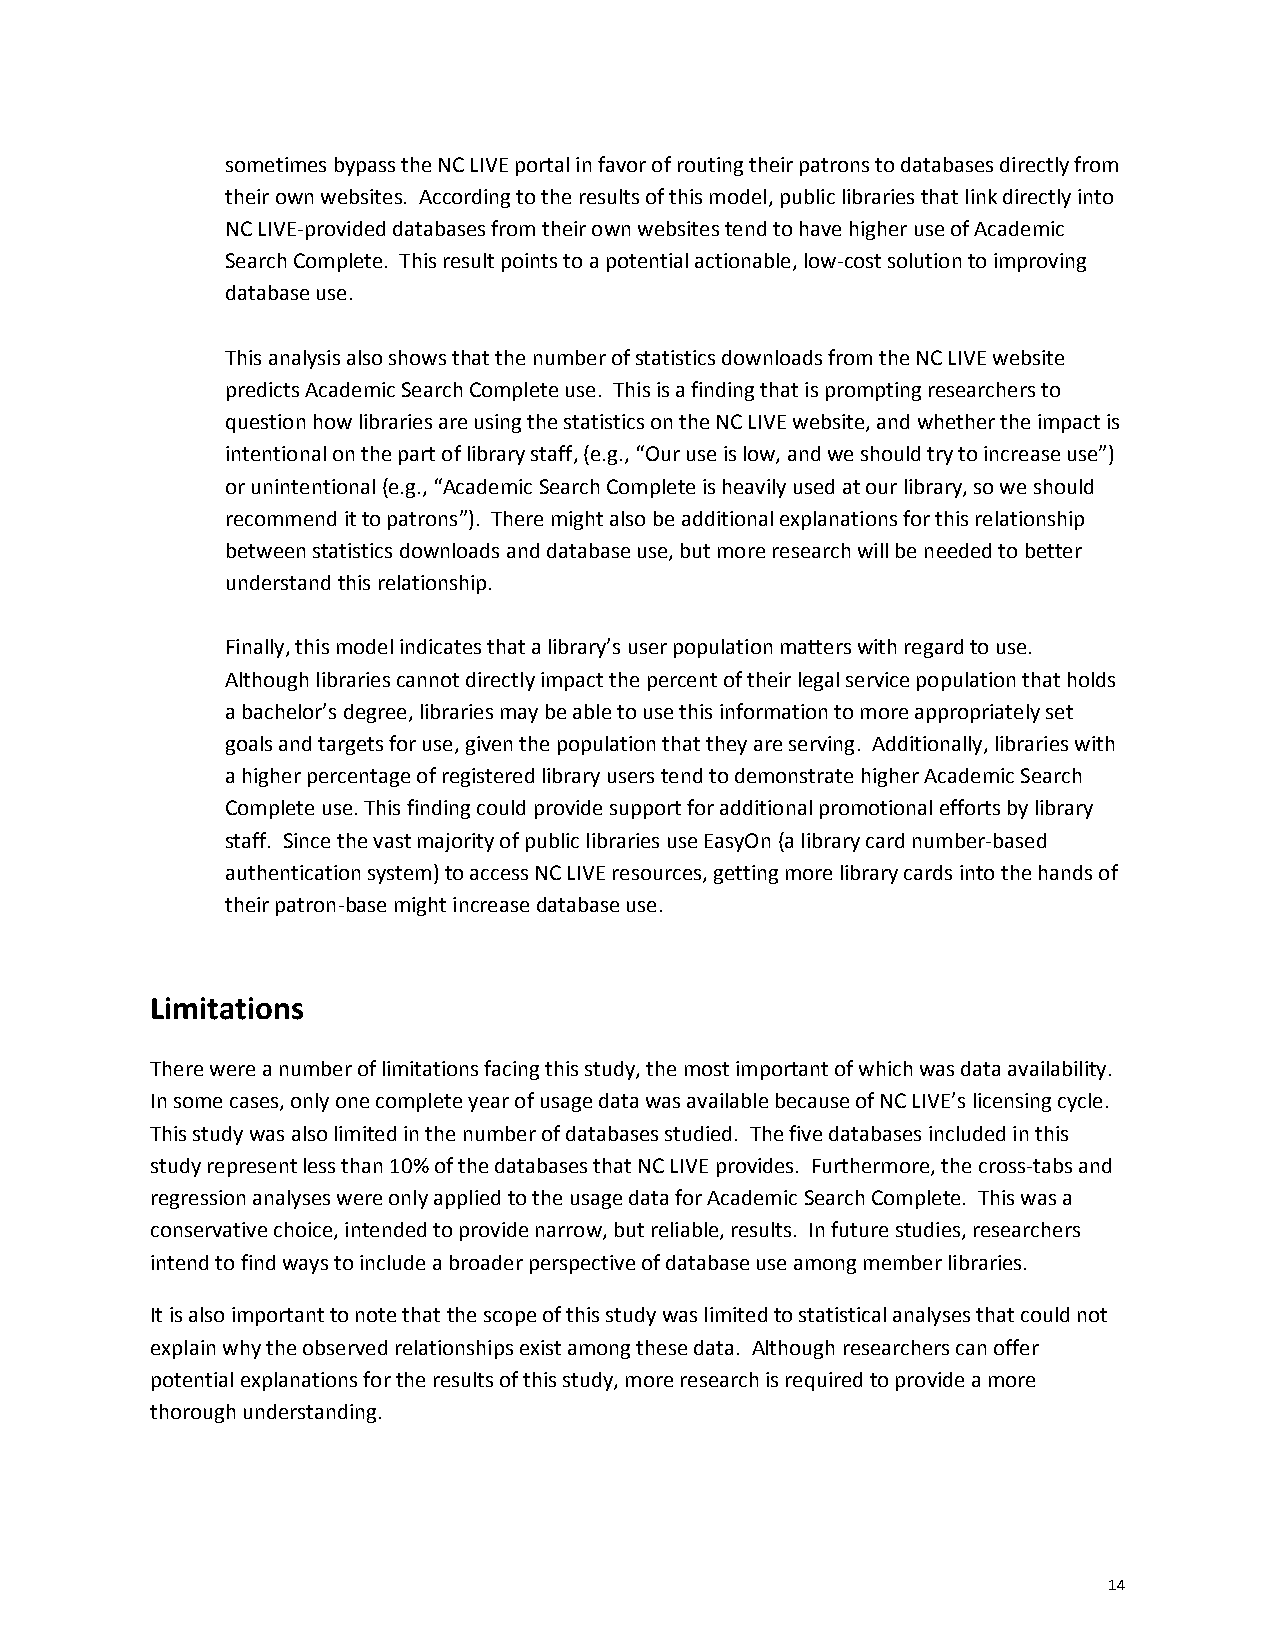
sometimes bypass the NC LIVE portal in favor of routing their patrons to databases directly from
 their own websites. According to the results of this model,publiclibrariesthatlinkdirectly into
 NC LIVE-provideddatabasesfrom their own websitestend to havehigheruse of Academic
 Search Complete. Thisresult points toa potentialactionable, low-cost solution to improving
 database use.
 This analysisalsoshows that the number ofstatisticsdownloadsfrom the NCLIVE website
 predicts Academic Search Complete use. This is a finding that is prompting researchers to
 questionhow libraries are using the statistics on the NC LIVE website, and whether the impact is
 intentionalon the part of library staff,(e.g.,“Our use is low, and we should try to increase use”)
 or unintentional(e.g., “Academic Search Complete is heavily used at our library, so weshould
 recommend it to patrons”). There might also be additional explanations for this relationship
 between statistics downloads and database use, but more research will beneeded tobetter
 understandthis relationship.
 Finally, this model indicates that a library’s user population matters with regard to use.
 Although libraries cannot directly impact the percent of their legal service population that holds
 a bachelor’s degree,libraries may be able to use this information to more appropriately set
 goals and targets for use, given the population that they are serving. Additionally,libraries with
 a higher percentageofregistered library userstend to demonstratehigher Academic Search
 Completeuse. This findingcould provide support for additional promotional efforts by library
 staff. Since the vast majority of public libraries use EasyOn(a library card number-based
 authentication system)to access NC LIVE resources, getting more library cards into the hands of
 their patron-basemight increasedatabase use.
 Limitations
 There were a number of limitations facing this study, the most important of which was data availability.
 In some cases, only one complete yearof usage data was available because of NC LIVE’s licensing cycle.
 This study was also limited in the number of databases studied. The five databases included in this
 study represent less than 10% of the databases that NC LIVE provides. Furthermore, thecross-tabs and
 regression analyses were only applied to the usage data for Academic Search Complete. This was a
 conservative choice, intended to provide narrow, but reliable, results. In future studies, researchers
 intend to find ways to include a broader perspective of database use among member libraries.
 It is also important to note thatthe scope of this study was limited to statistical analyses thatcould not
 explain why the observed relationships exist among these data. Although researchers can offer
 potential explanations for the results of this study, more research is required to provide a more
 thorough understanding.
 14